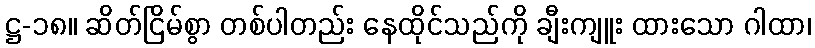
ဋ္ဌ-၁၈။ ဆိတ်ငြိမ်စွာ တစ်ပါတည်း နေထိုင်သည်ကို ချီးကျူး ထားသော ဂါထာ၊